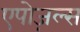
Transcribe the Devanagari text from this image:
एपोज़ल्स